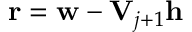
\mathbf { r } = \mathbf { w } - \mathbf { V } _ { j + 1 } \mathbf { h }